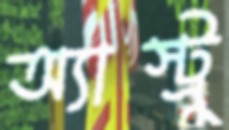
অ্যাস্ট্রু